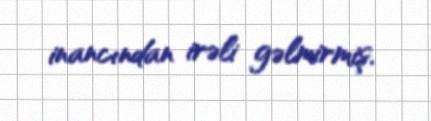
inancından irəli gəlmirmiş.